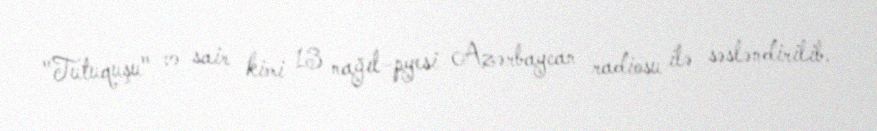
"Tutuquşu" və sair kimi 13 nağıl-pyesi Azərbaycan radiosu ilə səsləndirilib.